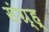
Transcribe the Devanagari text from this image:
संग्र्ह्